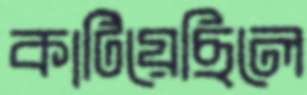
কাটিয়েছিলে